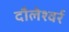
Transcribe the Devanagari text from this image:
दौलेश्वर्र